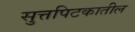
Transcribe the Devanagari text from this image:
सुत्तपिटकातील